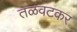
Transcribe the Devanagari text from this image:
तळवटकर